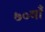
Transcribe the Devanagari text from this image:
७०वाँ